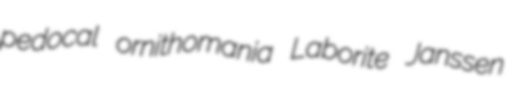
pedocal ornithomania Laborite Janssen